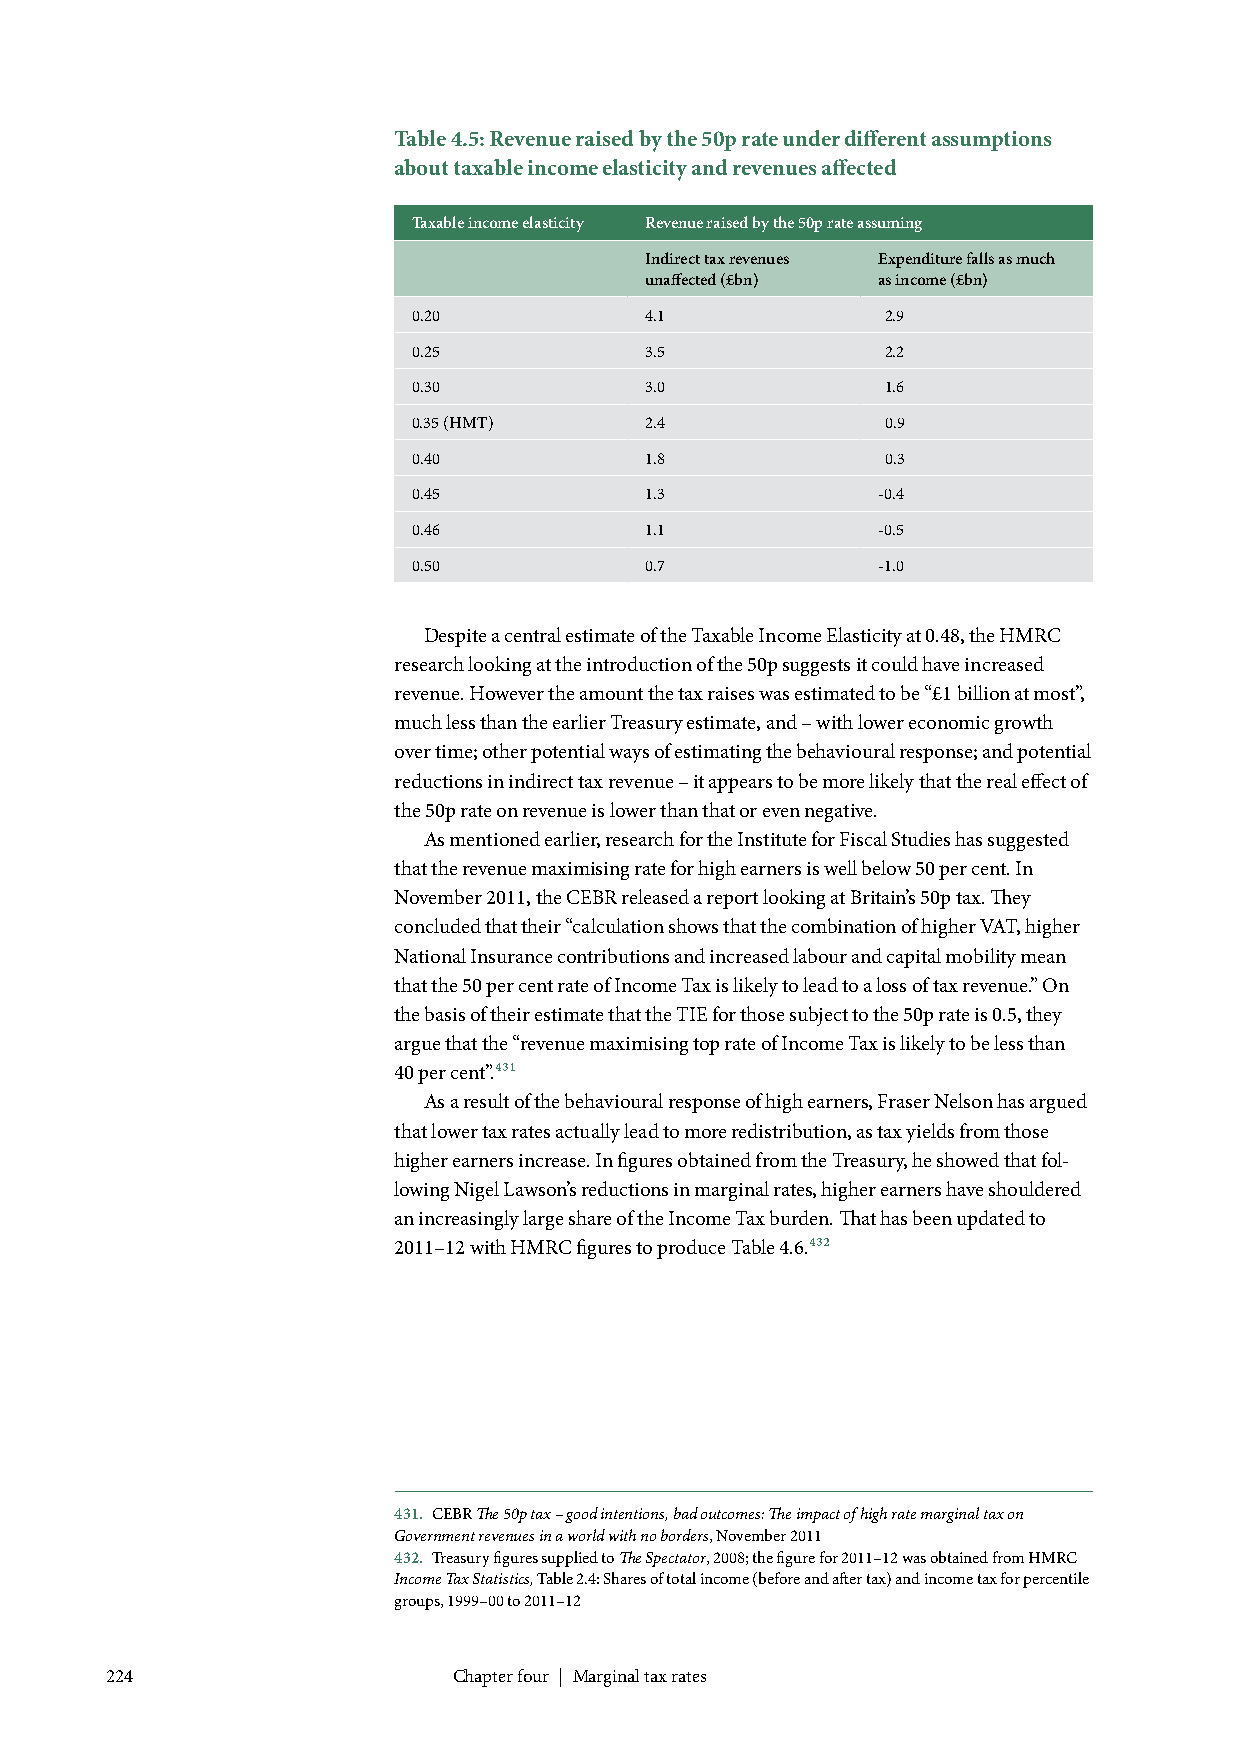
Table 4.5: Revenue raised by the 50p rate under different assumptions
 about taxable income elasticity and revenues affected
 Taxable income elasticity Revenue raised by the 50p rate assuming
 Indirect tax revenues Expenditure falls as much
 unaffected (£bn) as income (£bn)
 0.20            4.1             2.9
 0.25            3.5             2.2
 0.30            3.0             1.6
 0.35 (HMT)      2.4             0.9
 0.40            1.8             0.3
 0.45            1.3            -0.4
 0.46            1.1            -0.5
 0.50            0.7            -1.0
 Despite a central estimate of the Taxable Income Elasticity at 0.48, the HMRC
 research looking at the introduction of the 50p suggests it could have increased
 revenue. However the amount the tax raises was estimated to be “£1 billion at most”,
 much less than the earlier Treasury estimate, and – with lower economic growth
 over time; other potential ways of estimating the behavioural response; and potential
 reductions in indirect tax revenue – it appears to be more likely that the real effect of
 the 50p rate on revenue is lower than that or even negative.
 As mentioned earlier, research for the Institute for Fiscal Studies has suggested
 that the revenue maximising rate for high earners is well below 50 per cent. In
 November 2011, the CEBR released a report looking at Britain’s 50p tax. They
 concluded that their “calculation shows that the combination of higher VAT, higher
 National Insurance contributions and increased labour and capital mobility mean
 that the 50 per cent rate of Income Tax is likely to lead to a loss of tax revenue.” On
 the basis of their estimate that the TIE for those subject to the 50p rate is 0.5, they
 argue that the “revenue maximising top rate of Income Tax is likely to be less than
 40 per cent”.431
 As a result of the behavioural response of high earners, Fraser Nelson has argued
 that lower tax rates actually lead to more redistribution, as tax yields from those
 higher earners increase. In figures obtained from the Treasury, he showed that fol-
 lowing Nigel Lawson’s reductions in marginal rates, higher earners have shouldered
 an increasingly large share of the Income Tax burden. That has been updated to
 2011–12 with HMRC figures to produce Table 4.6.432
 431. CEBR The 50p tax – good intentions, bad outcomes: The impact of high rate marginal tax on
 Government revenues in a world with no borders, November 2011
 432. Treasury figures supplied to The Spectator, 2008; the figure for 2011–12 was obtained from HMRC
 Income Tax Statistics, Table 2.4: Shares of total income (before and after tax) and income tax for percentile
 groups, 1999–00 to 2011–12
 224                    Chapter four | Marginal tax rates